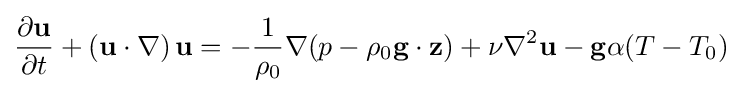
{\frac {\partial \mathbf {u} }{\partial t}}+\left(\mathbf {u} \cdot \nabla \right)\mathbf {u} =-{\frac {1}{\rho _{0}}}\nabla (p-\rho _{0}\mathbf {g} \cdot \mathbf {z} )+\nu \nabla ^{2}\mathbf {u} -\mathbf {g} \alpha (T-T_{0})